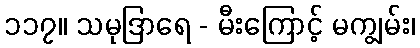
၁၁၇။ သမုဒြာရေ - မီးကြောင့် မကျွမ်း၊